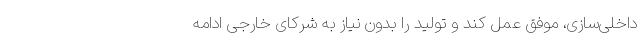
داخلی‌سازی، موفق عمل کند و تولید را بدون نیاز به شرکای خارجی ادامه